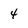
Character: 4